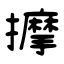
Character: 擵